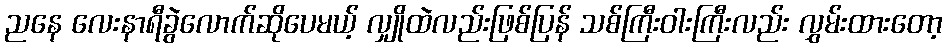
ညနေ လေးနာရီခွဲလောက်ဆိုပေမယ့် လျှိုထဲလည်းဖြစ်ပြန် သစ်ကြီးဝါးကြီးလည်း လွှမ်းထားတော့